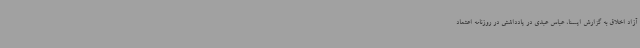
آزاد اخلاق به گزارش ایسنا، عباس عبدی در یادداشتی در روزنامه اعتماد